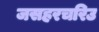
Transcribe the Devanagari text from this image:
जसहरचरिउ